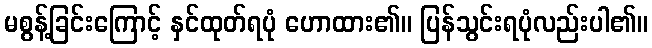
မစွန့်ခြင်းကြောင့် နှင်ထုတ်ရပုံ ဟောထား၏။ ပြန်သွင်းရပုံလည်းပါ၏။